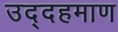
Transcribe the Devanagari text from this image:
उद्दहमाण